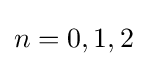
n=0,1,2